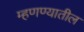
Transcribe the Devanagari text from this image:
म्हणण्यातील